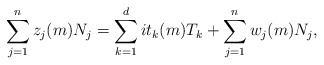
\begin{align*}\sum_{j=1}^n z_j(m) N_j = \sum_{k=1}^d i t_k(m) T_k + \sum_{j=1}^n w_j(m) N_j,\end{align*}